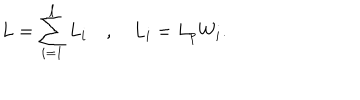
LaTeX: L = \sum _ { i = 1 } ^ { \ell } L _ { i } \quad , \quad L _ { i } = L _ { p } W _ { i } .